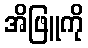
အိဖြူကို